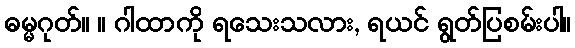
ဓမ္မဂုတ်။ ။ ဂါထာကို ရသေးသလား, ရယင် ရွတ်ပြစမ်းပါ။